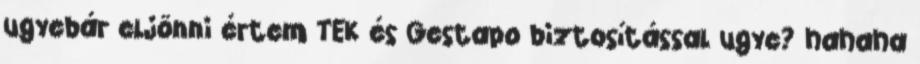
ugyebár eljönni értem TEK és Gestapo biztosítással ugye? hahaha